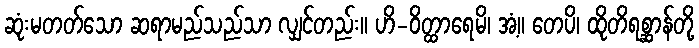
ဆုံးမတတ်သော ဆရာမည်သည်သာ လျှင်တည်း။ ဟိ-ဝိတ္ထာရေမိ၊ အံ့။ တေပိ၊ ထိုတိရစ္ဆာန်တို့